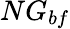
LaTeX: NG_{bf}